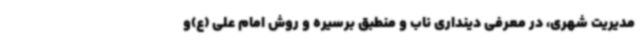
مدیریت شهری، در معرفی دینداری ناب و منطبق برسیره و روش امام علی (ع)و